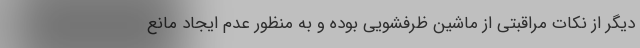
دیگر از نکات مراقبتی از ماشین‌ ظرفشویی بوده و به منظور عدم ایجاد مانع